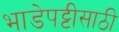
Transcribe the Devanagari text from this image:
भाडेपट्टीसाठी